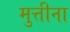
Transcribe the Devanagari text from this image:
मुत्तीना